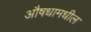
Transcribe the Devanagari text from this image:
औषधामधील